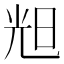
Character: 𣆥